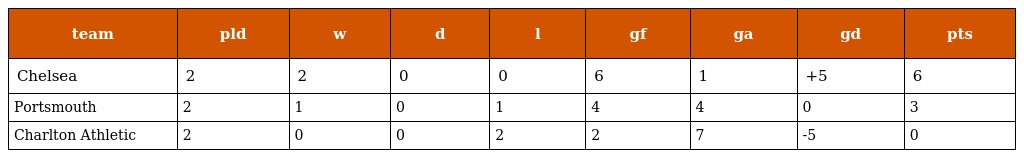
| team | pld | w | d | l | gf | ga | gd | pts |
 | --- | --- | --- | --- | --- | --- | --- | --- | --- |
 | Chelsea | 2 | 2 | 0 | 0 | 6 | 1 | +5 | 6 |
 | Portsmouth | 2 | 1 | 0 | 1 | 4 | 4 | 0 | 3 |
 | Charlton Athletic | 2 | 0 | 0 | 2 | 2 | 7 | -5 | 0 |